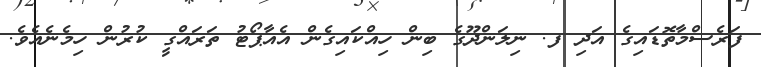
ފަރެސްމާތޮޑައިގެ އަދި ފ. ނިލަންދޫގެ ބިން ހިއްކައިގެން އެއާޕޯޓު ތަރައްގީ ކުރުން ހިމެނެއެވެ.